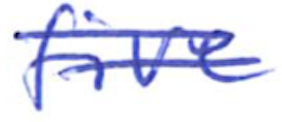
Text: five
Cross-out: double-line
Writing tool: ballpoint